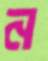
ন